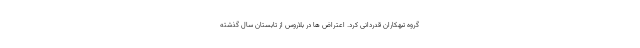
گروه تبهکاران قدردانی کرد. اعتراض ها در بلاروس از تابستان سال گذشته